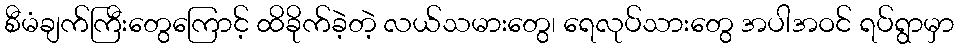
စီမံချက်ကြီးတွေကြောင့် ထိခိုက်ခဲ့တဲ့ လယ်သမားတွေ၊ ရေလုပ်သားတွေ အပါအဝင် ရပ်ရွာမှာ